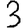
Digit: 3